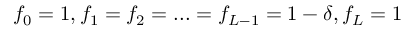
f _ { 0 } = 1 , f _ { 1 } = f _ { 2 } = . . . = f _ { L - 1 } = 1 - \delta , f _ { L } = 1